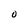
Character: O